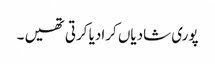
پوری شادیاں کرادیا کرتی تھیں ۔